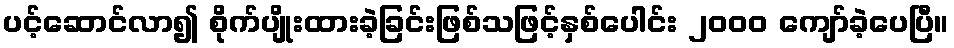
ပင့်ဆောင်လာ၍ စိုက်ပျိုးထားခဲ့ခြင်းဖြစ်သဖြင့်နှစ်ပေါင်း ၂ဝဝဝ ကျော်ခဲ့ပေပြီ။